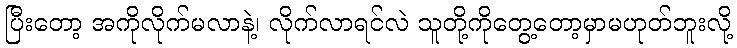
ပြီးတော့ အကိုလိုက်မလာနဲ့၊ လိုက်လာရင်လဲ သူတို့ကိုတွေ့တော့မှာမဟုတ်ဘူးလို့